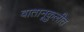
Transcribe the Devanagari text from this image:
वातानूकुलीत